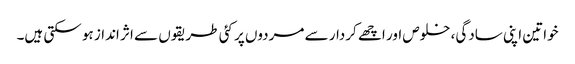
خواتین اپنی سادگی، خلوص اور اچھے کردار سے مردوں پر کئی طریقوں سے اثر انداز ہو سکتی ہیں۔